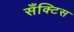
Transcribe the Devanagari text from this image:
सँक्टिस